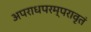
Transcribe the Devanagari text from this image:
अपराधपरम्परावृतं